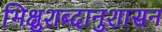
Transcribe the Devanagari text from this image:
भिक्षुशब्दानुशासन